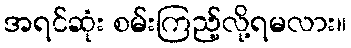
အရင်ဆုံး စမ်းကြည့်လို့ရမလား။